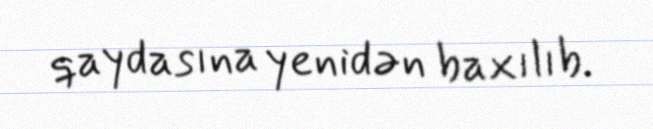
qaydasına yenidən baxılıb.